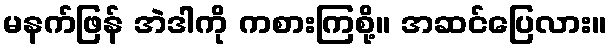
မနက်ဖြန် အဲဒါကို ကစားကြစို့။ အဆင်ပြေလား။